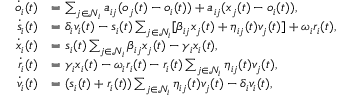
\begin{array} { r l } { \dot { o } _ { i } ( t ) } & { = \sum _ { j \in \mathcal { N } _ { i } } a _ { i j } ( o _ { j } ( t ) - o _ { i } ( t ) ) + a _ { i j } ( x _ { j } ( t ) - o _ { i } ( t ) ) , } \\ { \dot { s } _ { i } ( t ) } & { = \delta _ { i } v _ { i } ( t ) - s _ { i } ( t ) \sum _ { j \in \mathcal { N } _ { i } } [ \beta _ { i j } x _ { j } ( t ) + \eta _ { i j } ( t ) v _ { j } ( t ) ] + \omega _ { i } r _ { i } ( t ) , } \\ { \dot { x } _ { i } ( t ) } & { = s _ { i } ( t ) \sum _ { j \in \mathcal { N } _ { i } } \beta _ { i j } x _ { j } ( t ) - \gamma _ { i } x _ { i } ( t ) , } \\ { \dot { r } _ { i } ( t ) } & { = \gamma _ { i } x _ { i } ( t ) - \omega _ { i } r _ { i } ( t ) - r _ { i } ( t ) \sum _ { j \in \mathcal { N } _ { i } } \eta _ { i j } ( t ) v _ { j } ( t ) , } \\ { \dot { v } _ { i } ( t ) } & { = ( s _ { i } ( t ) + r _ { i } ( t ) ) \sum _ { j \in \mathcal { N } _ { i } } \eta _ { i j } ( t ) v _ { j } ( t ) - \delta _ { i } v _ { i } ( t ) , } \end{array}